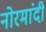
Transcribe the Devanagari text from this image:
नोरमांदी